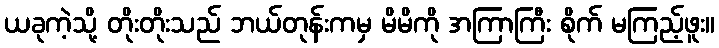
ယခုကဲ့သို့ တိုးတိုးသည် ဘယ်တုန်းကမှ မိမိကို အကြာကြီး စိုက် မကြည့်ဖူး။